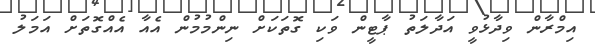
އިމްރާން ވިދާޅުވީ އަދާލަތު ޕާޓީން ވަކި ގޮތަކަށް ނިންމުމުން އެއާ އެއްގޮތަށް އަމަލު